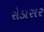
રોડાસર